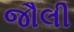
જૌલી